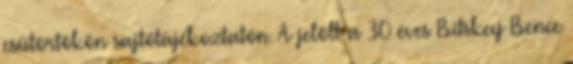
csütörtökön sajtótájékoztatón. A jelölt a 30 éves Bitskey Bence